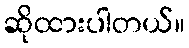
ဆိုထားပါတယ်။